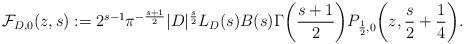
LaTeX: \begin{align*}\mathcal{F}_{D,0}(z,s) := 2^{s-1} \pi^{-\frac{s+1}{2}} |D|^{\frac{s}{2}} L_D(s) B(s) \Gamma\biggl(\frac{s+1}{2}\biggr) P_{\frac{1}{2}, 0}\biggl(z, \frac{s}{2} + \frac{1}{4}\biggr).\end{align*}